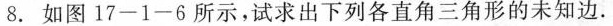
8.如图17-1-6所示，试求出下列各直角三角形的未知边.